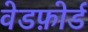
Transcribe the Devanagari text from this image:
वेडफ़ोर्ड